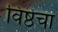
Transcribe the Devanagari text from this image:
विष्ठेचा